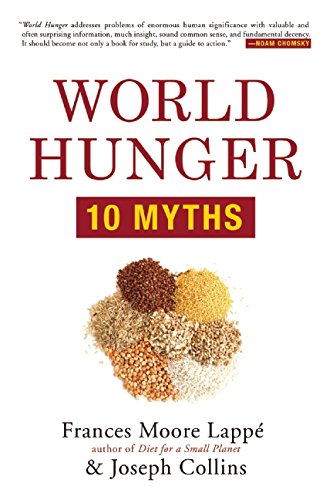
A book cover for World Hunger: 10 Myths; Frances Moore LappÃ©; Science & Math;